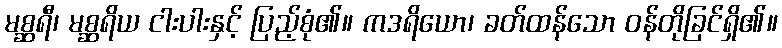
မစ္ဆရီ၊ မစ္ဆရိယ ငါးပါးနှင့် ပြည့်စုံ၏။ ကဒရိယော၊ ခတ်ထန်သော ဝန်တိုခြင်ရှိ၏။